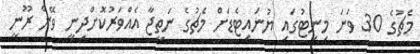
މެޗުގެ 30 ވަނަ މިނިޓުގައި ޔުނައިޓެޑަށް މެޗުގެ ނަތީޖާ އެއްވަރުކޮށްދިނީ ވޭން ރޫނީ